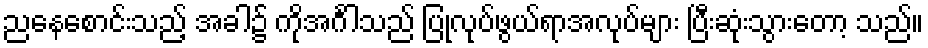
ညနေစောင်းသည့် အခါ၌ ကိုအင်္ဂါသည် ပြုလုပ်ဖွယ်ရာအလုပ်များ ပြီးဆုံးသွားတော့ သည်။